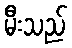
မီးသည်